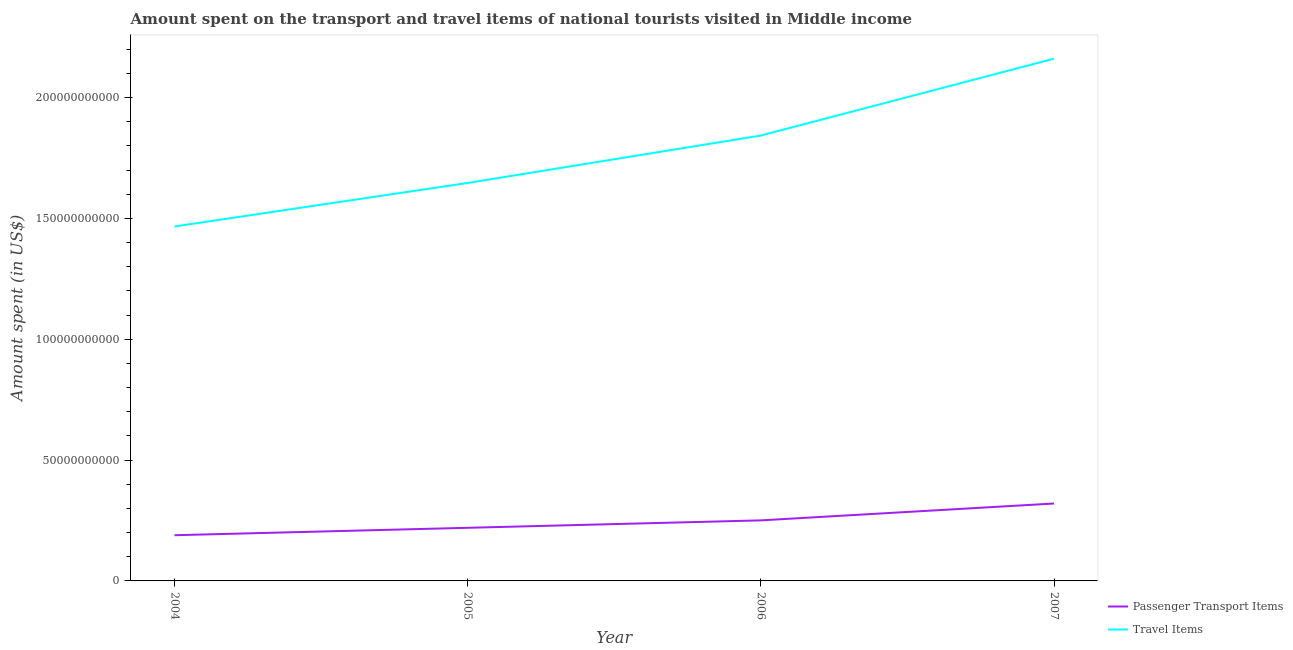
| Year | Passenger Transport Items | Travel Items |
 | --- | --- | --- |
 | 2004 | 1.89e+10 | 1.47e+11 |
 | 2005 | 2.2e+10 | 1.65e+11 |
 | 2006 | 2.51e+10 | 1.84e+11 |
 | 2007 | 3.2e+10 | 2.16e+11 |